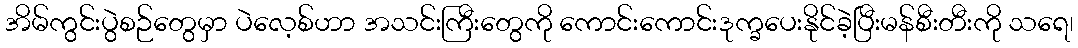
အိမ်ကွင်းပွဲစဉ်တွေမှာ ပဲလေ့စ်ဟာ အသင်းကြီးတွေကို ကောင်းကောင်းဒုက္ခပေးနိုင်ခဲ့ပြီးမန်စီးတီးကို သရေ၊